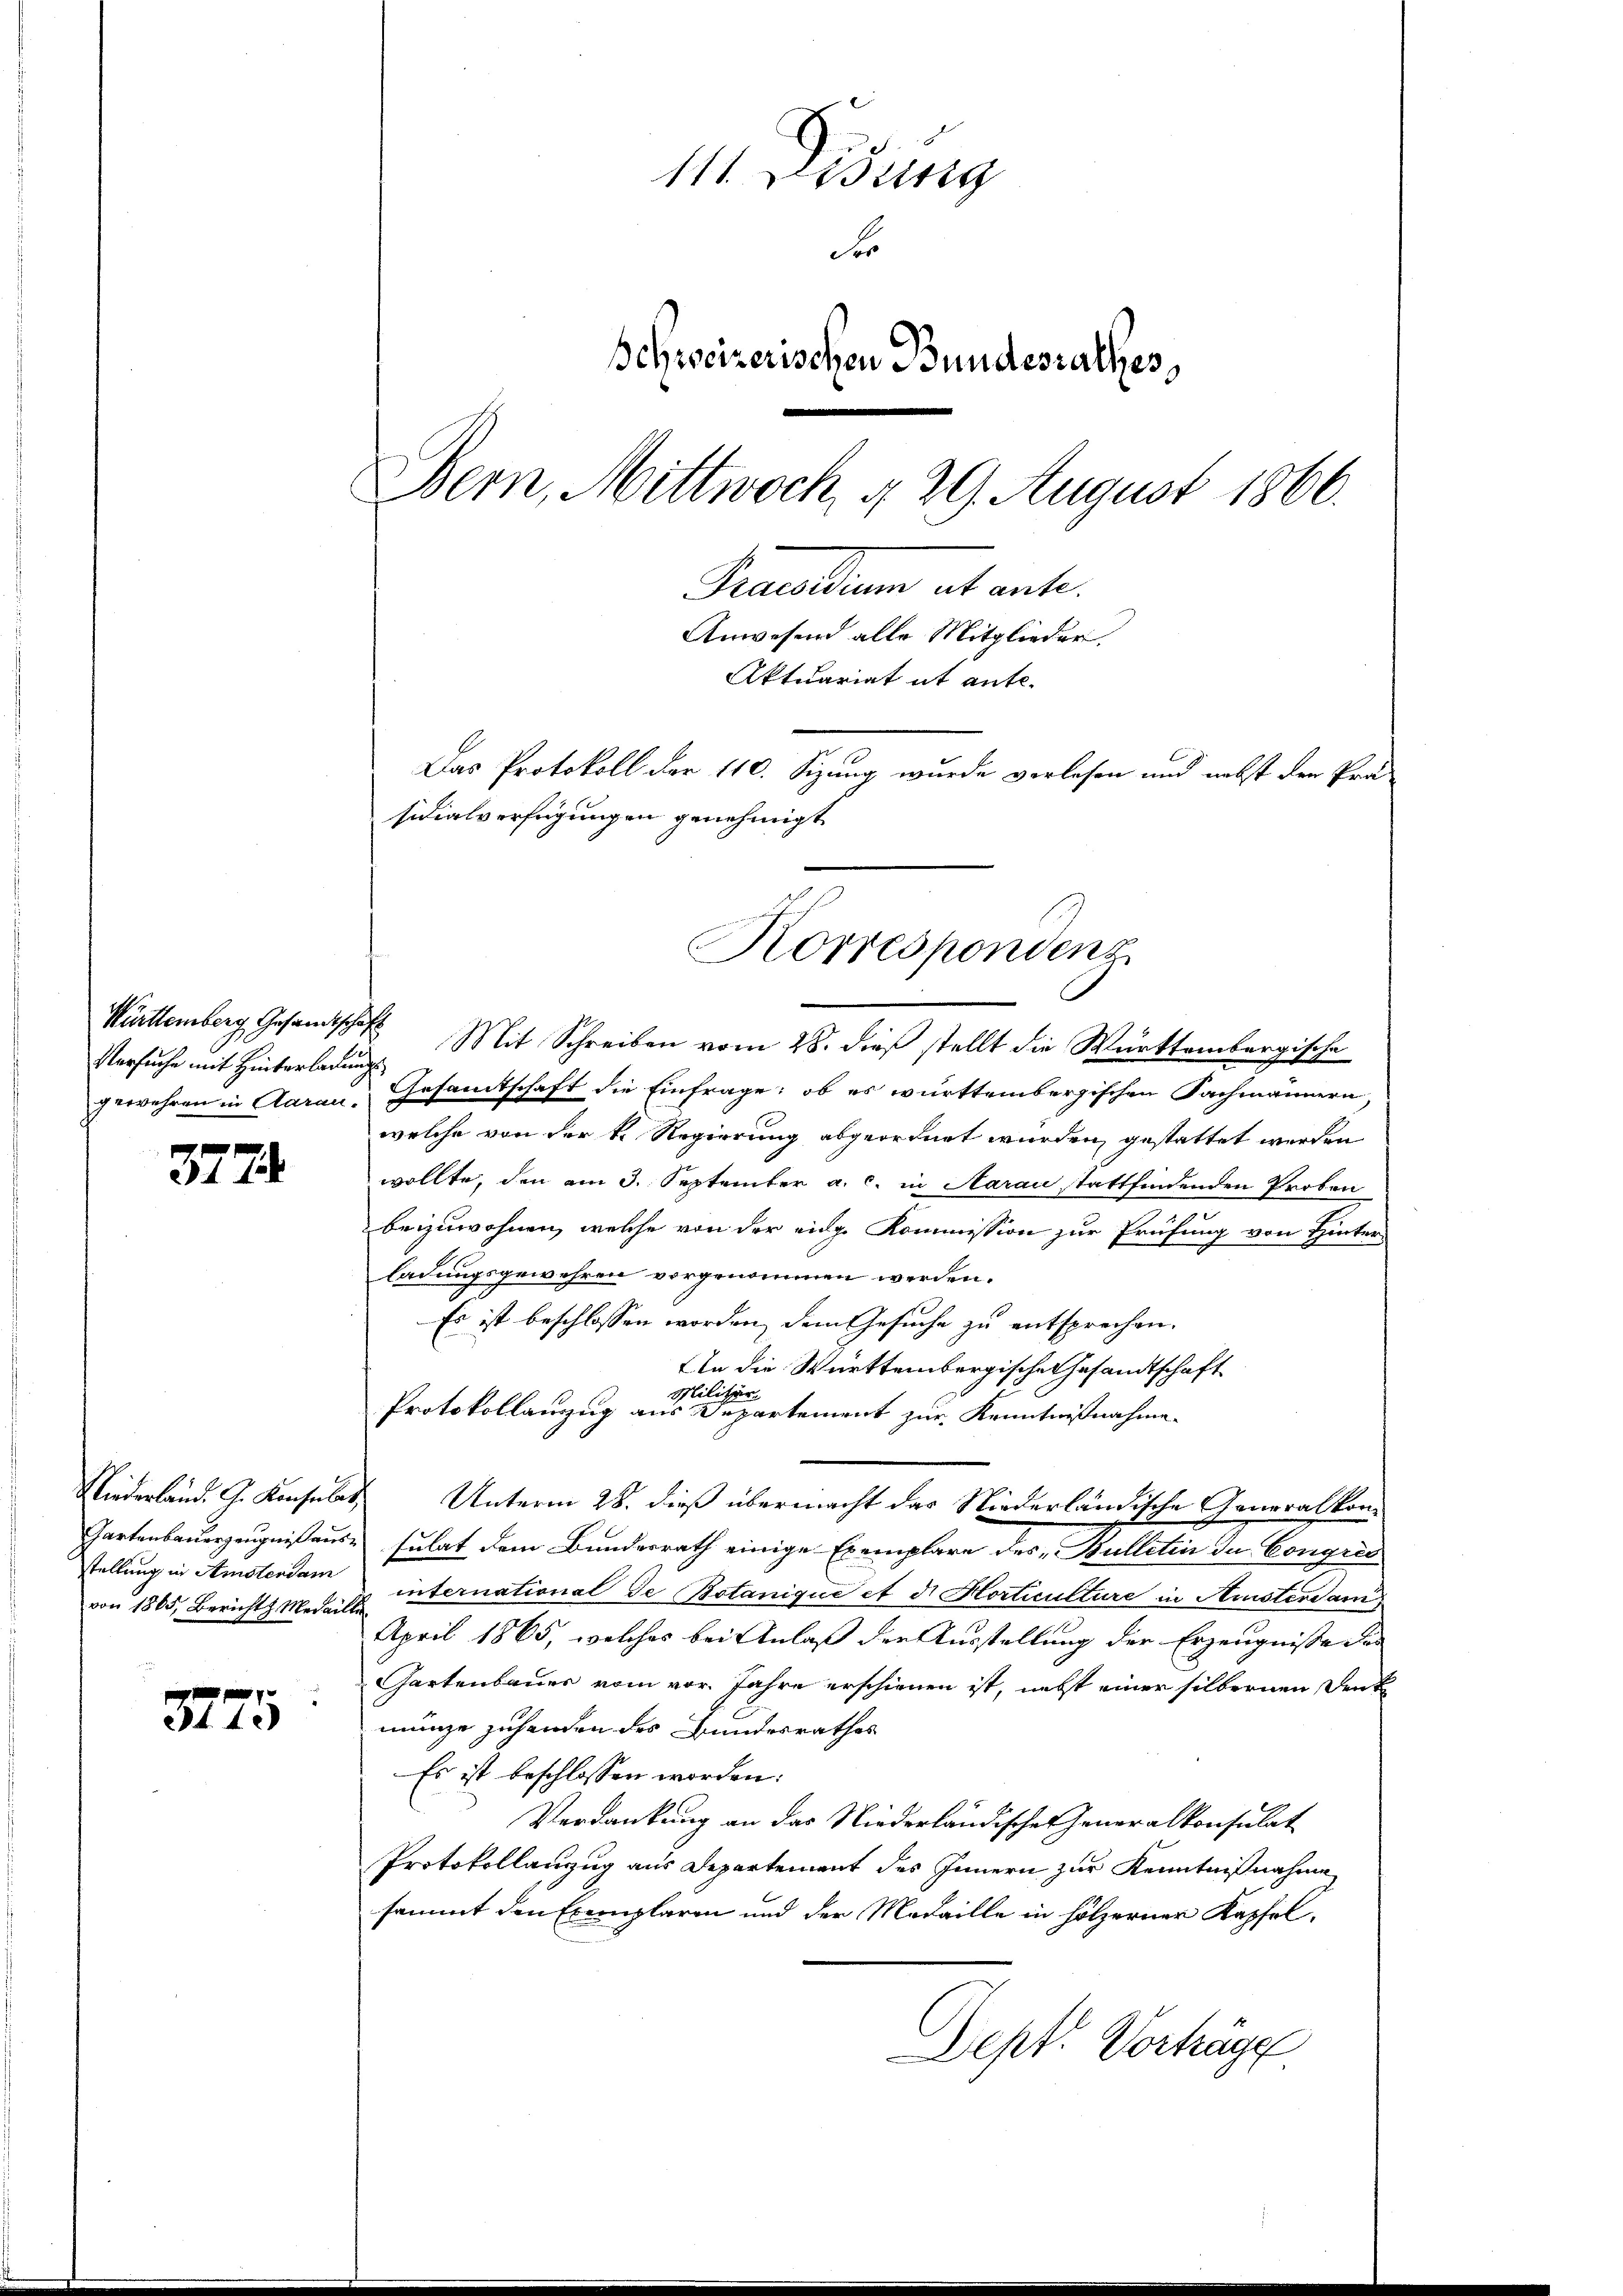
Versuche mit Hinterladung
gewehren in Aarau-

3774.

Niederland. G. Konsulat,
Gartenbauerzeugniß ausstellung in Amstendam
von 1865, Bericht Medaille

3775

111. Didung
Ses
Schreizerischen Bundesrathes,
Bern, Mittwoch, § 29. August 1866.
Praedium ab weite
Anwesend alle Mitglieder.
Aktuariat it ante-
Das Protokoll der 110. Sizung wurde verlesen und nebst der Prä-
sidialverfügungen genehmigt

Württemberg Gesamtschaft Mit Schreiben vom 28. dieß stellt die Württembergische
Gesamtschaft die Einfrage: ob es württembergischen Fachmännern
welche von der k. Regierung abgeordnet wurden, gestattet werden
wollte, den am 3. September a. c. in Aarau stattfindenden Proben
beizuwohnen, welche von der eige Kommission zur Prüfung von Hinter-
ladungsgewehren vorgenommen werden.
Es ist beschlossen worden, dem Gesuche zu entsprechen.
An die Württembergische Gesandtschaft
Militär.
Protokollanzug aus Departement zur Kenntnißnahme
Unterm 28. dieß übermacht das Niederländische Generalkon¬
Eulat dem Bundesrath einige Exemplare des Bulletin du Congres
international de Botaniqué et d. Horticulture in Aristerdam
April 1865, welches bei Anlaß der Ausstellung der Erzeugnissen
hartenbauer vom vor. Jahre erschienen ist, nebst einer silbernen Denk
münze zuhanden des Bundesrathes
Es ist beschlossen worden:
Verdankung an das Niederländische Generalkonsulat
Protokollanzug aus Departement des Innern zur Kenntnißnahme
sammt den Exemplaren und der Medaille in hölzerner Kapfel,
Dept. Vorträge

Korrespondenz